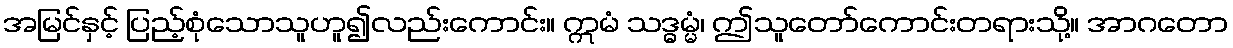
အမြင်နှင့် ပြည့်စုံသောသူဟူ၍လည်းကောင်း။ ဣမံ သဒ္ဓမ္မံ၊ ဤသူတော်ကောင်းတရားသို့။ အာဂတော